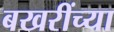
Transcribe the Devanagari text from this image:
बखरींच्या